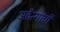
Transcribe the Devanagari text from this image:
अद्वैत्यांची